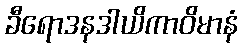
ခီရောဒနဒါယိကာဝိမာနံ